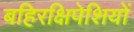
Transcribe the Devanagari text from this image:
बहिरक्षिपेशियों